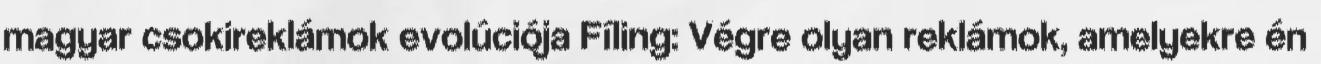
magyar csokireklámok evolúciója Fíling: Végre olyan reklámok, amelyekre én